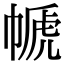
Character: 㡗